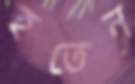
হতেন